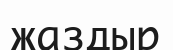
жаздыр